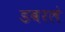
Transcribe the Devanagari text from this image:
डबरलं